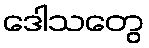
ဒေါသတွေ